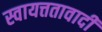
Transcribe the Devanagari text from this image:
स्वायत्ततावादी